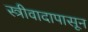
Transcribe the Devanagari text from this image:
स्त्रीवादापासून